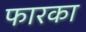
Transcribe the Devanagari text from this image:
फारका